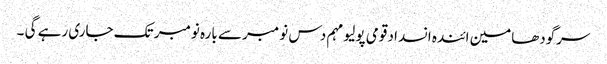
سرگودھامین ائندہ انسداد قومی پولیو مہم دس نومبر سے بارہ نومبر تک جاری رہے گی ۔